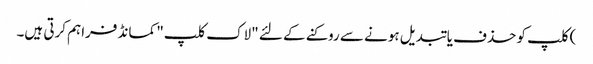
) کلپ کو حذف یا تبدیل ہونے سے روکنے کے لئے "لاک کلپ" کمانڈ فراہم کرتی ہیں۔